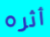
أثره